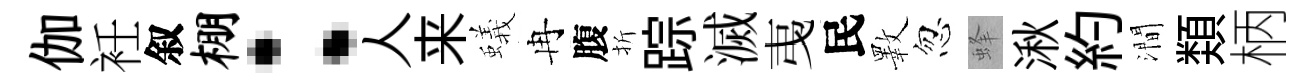
伽衽叙棚：人来蟻冉腹折踪滅𢎯民斁忽蜂湫約澗𩔖柄